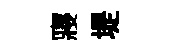
寢堤